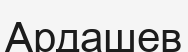
Ардашев